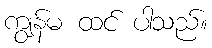
ကျွန်မ ထင် ပါသည်။